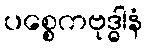
ပစ္စေကဗုဒ္ဓါနံ